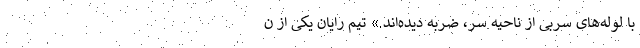
با لوله‌های سر‌بی از ناحیه سر، ضربه دیده‌اند.» تیم رایان یکی از ن